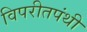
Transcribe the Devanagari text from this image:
विपरीतपंथी